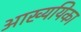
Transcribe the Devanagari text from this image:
आख्ययिका